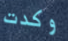
وكدت